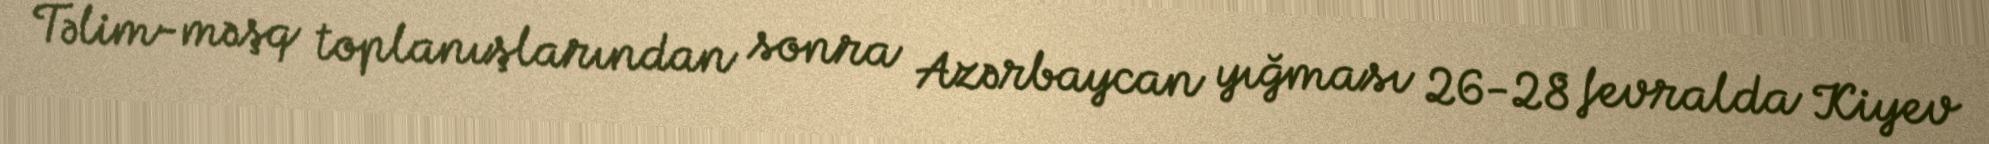
Təlim-məşq toplanışlarından sonra Azərbaycan yığması 26-28 fevralda Kiyev